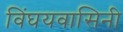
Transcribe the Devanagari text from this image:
विंघयवासिनी